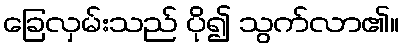
ခြေလှမ်းသည် ပို၍ သွက်လာ၏။